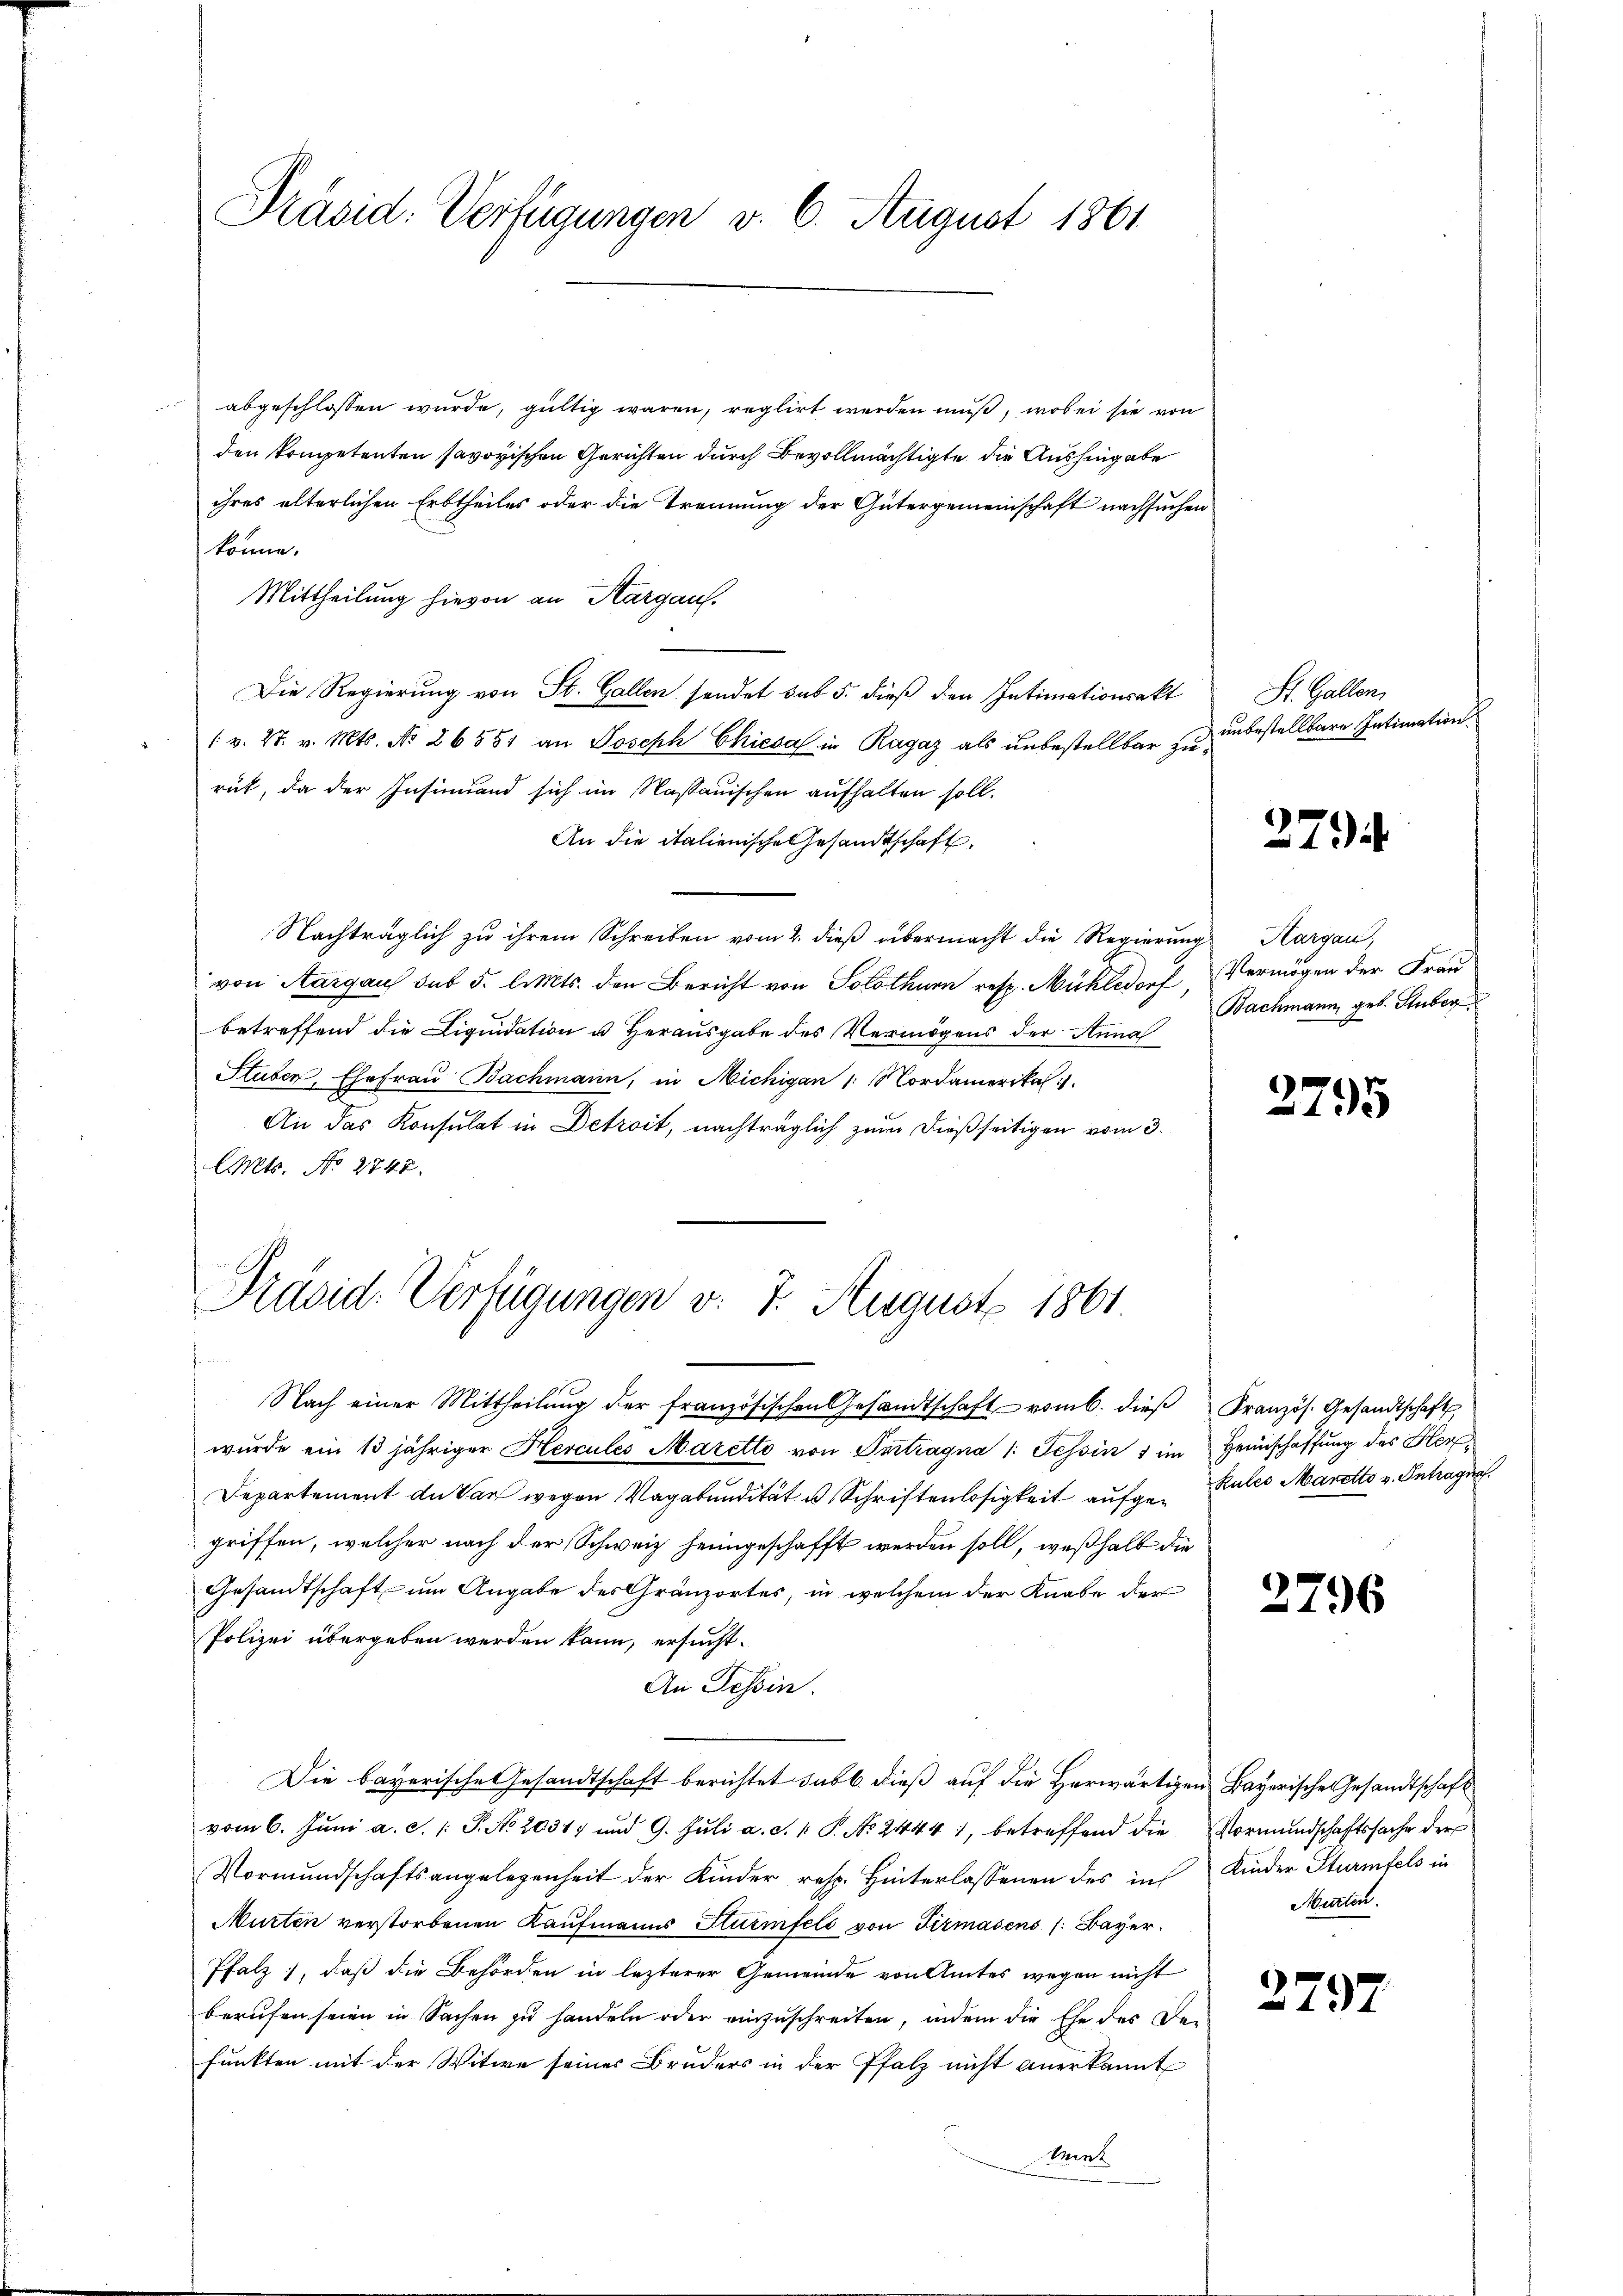
Präsid. Verfügungen v. 6. August 1861

abgeschlossen wurde, gültig waren, reglirt werden muß, wobei sie von
den kompetenten savoyischen Gerichten durch Bevollmächtigte die Aushingabe
ihres alterlichen Erbtheiles oder die Trennung der Gütergemeinschaft nachsuchen
könne.
Mittheilung hievon an Kargau.
Die Regierung von St. Gallen sendet sub 5. dieß den Intimationsakt
1 v. 27. v. Mts. No 26551 an Joseph Chiesa in Ragaz als unbestellbar zurück, da der Insinuand sich im Nassauischen aufhalten soll.
An die italienische Gesandtschaft.
Nachträglich zu ihrem Schreiben vom 2. dieß übermacht die Regierung Margau,
von Aargau sub 5. l. Mts. den Bericht von Solothurn resp. Mühledorf, Vermögen der Frau
betreffend die Liquidation u Herausgabe des Vermögens der Anna
Stuben, Ehefrau Bachmann, in Michigan 1. Nordamerikal
An das Konsulat in Detreit, nachträglich zum dießseitigen vom 3.
AMts. No. 2747.

Präsid. Verfügungen v. 7. August 1861.

Nach einer Mittheilŭng der französischen Gesandtschaft vom 6. dieβ Französ. Gesandtschaft,
wurde ein 13 jähriger Hercules Maretto von Vertragna 1: Tessin 1 im Heimschaffung des Herz¬
Departement du Par wegen Vagabundität u. Schriftenlosigkeit aufge-Rates Maretto v. Antragna
griffen, welcher nach der Schweiz heimgeschafft werden soll, weßhalb die
Gesandtschaft um Angabe des Gränzortes, in welchem der Knabe der
Polizei übergeben werden kann, ersucht.
An Tessin.
Die bayerische Gesandtschaft berichtet sub b. dieß auf die Herwärtigen Bayerische Gesandtschaft
vom 6. Juni a.c. /: P. No 2031 und 9. Juli a. d. 1. P. No 2444), betreffend die Vormundschaftssache der
Vormundschaftsangelegenheit der Kinder resp. Hinterlassenen des in Kinder Sturmfels in
Murten verstorbenen Kaufmanns Stuimfels von Firmasens (Bayer.
Pfalz, daß die Behörden in lezterer Gemeinde von Amtes wegen nicht
berufen seien in Sachen zŭ handeln oder einzuschreiten, indem die Ehe des De-
funkten mit der Witwe seines Bruders in der Pfalz nicht anerkannt
Saint

St. Gallen,
unbestellbare Intimation.

2794

Bachmann, geb. Huber

3795

2796

Murten.

2792